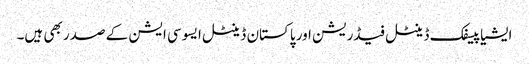
ایشیا پیسفک ڈینٹل فیڈریشن اور پاکستان ڈینٹل ایسوسی ایشن کے صدر بھی ہیں۔